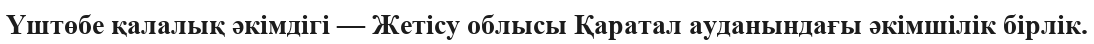
Үштөбе қалалық әкімдігі — Жетісу облысы Қаратал ауданындағы әкімшілік бірлік.